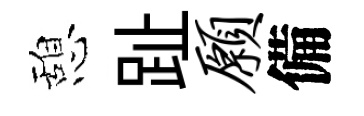
憩趾愿備